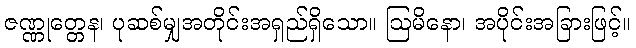
ဇဏ္ဏုတ္တေန၊ ပုဆစ်မျှအတိုင်းအရှည်ရှိသော။ ဩမိနော၊ အပိုင်းအခြားဖြင့်။